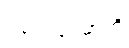
ဌပေယျာမာတိ